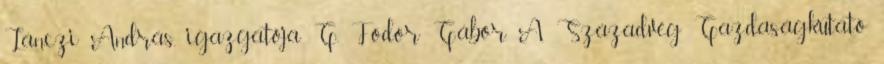
Lánczi András, igazgatója G. Fodor Gábor. A Századvég Gazdaságkutató